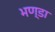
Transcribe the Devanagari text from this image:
भण्डा